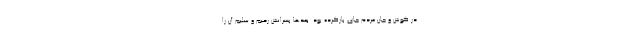
در گوش و جان مردم جای بازکرده بود. بعدها پسرانش رحیم و سلیم آن را